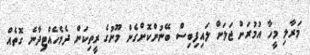
މަރާލި މީހާ އުމުރަށް ޖަލަށް ލައިފިބިސް ބޭނުންކޮށްގެން މޫނުގެ ރީތިކަން ދެމެހެއްޓިދާނެ ގޮތެއް